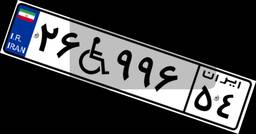
۲۶W۹۹۶۵۴